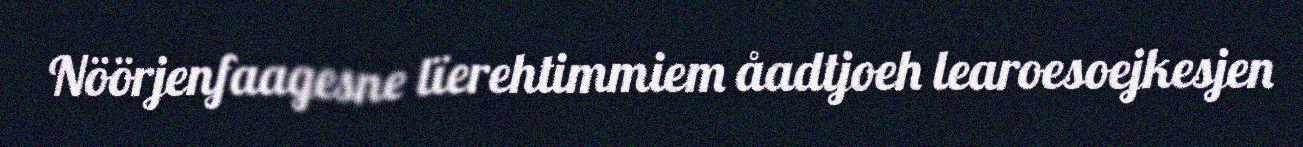
Nöörjenfaagesne lïerehtimmiem åadtjoeh learoesoejkesjen